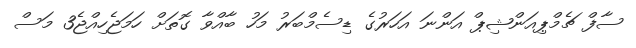
ސާފް ޗެމްޕިއަންޝިޕް އަންނަ އަހަރުގެ ޑިސެމްބަރު މަހު ބާއްވާ ގޮތަށް ހަމަޖެހިއްޖެ3 މަސް